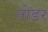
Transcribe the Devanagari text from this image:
तोंडर